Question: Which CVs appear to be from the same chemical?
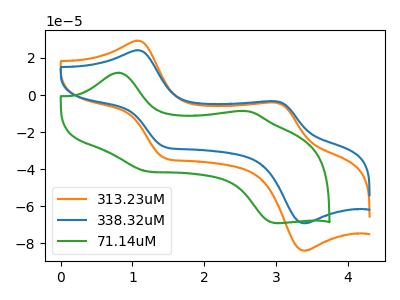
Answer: <think>The orange curve "313.23uM" has anodic peaks at (1.10V, 29.35uA) (3.00V, -4.10uA) and cathodic peaks at (1.45V, -33.95uA) (3.40V, -84.10uA). The blue curve "338.32uM" has anodic peaks at (1.10V, 24.15uA) (3.00V, -3.40uA) and cathodic peaks at (1.45V, -28.00uA) (3.40V, -69.30uA). The green curve "71.14uM" has anodic peaks at (0.80V, 12.05uA) (2.60V, -8.70uA) and cathodic peaks at (1.20V, -41.20uA) (3.00V, -69.20uA).
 All the peaks in "313.23uM" have a peak in "338.32uM" at the same potential. "313.23uM" and "71.14uM" have at least one peak that do not match. "338.32uM" and "71.14uM" have at least one peak that do not match.</think>
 <answer>"338.32uM" and "313.23uM" have the same shape and are likely CV's of the same chemical.</answer>
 <eval>"338.32uM" "313.23uM"</eval>